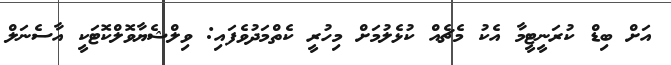
އަށް ބިޑް ކުރަނީޓީމާ އެކު މެޗެއް ކުޅެލުމަށް މިހުރީ ކެތްމަދުވެފައި: ވިލްޝެޔާވޮލްކޮޓަކީ އާސެނަލް